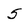
Character: 5